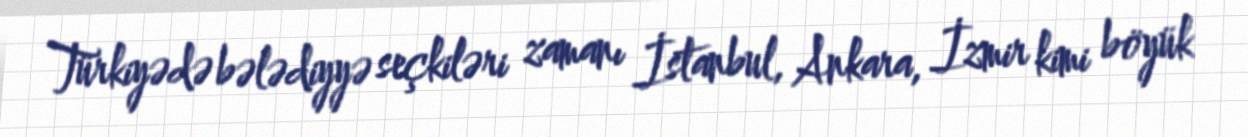
Türkiyədə bələdiyyə seçkiləri zamanı İstanbul, Ankara, İzmir kimi böyük